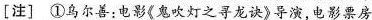
[注] 乌尔善:电影《鬼吹灯之寻龙诀》导演,电影票房